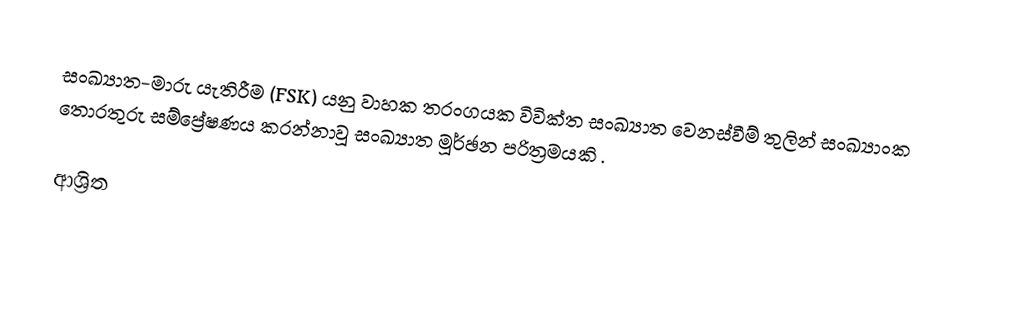
සංඛ්‍යාත-මාරු යැතිරීම (FSK) යනු  වාහක තරංගයක විවික්ත සංඛ්‍යාත වෙනස්වීම් තුලින් සංඛ්‍යාංක තොරතුරු සම්ප්‍රේෂණය කරන්නාවූ සංඛ්‍යාත මූර්ඡන පරිත්‍රමයකි .

ආශ්‍රිත